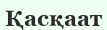
Қасқаат